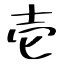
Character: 壱